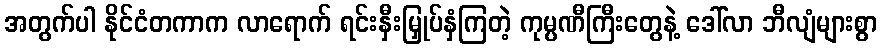
အတွက်ပါ နိုင်ငံတကာက လာရောက် ရင်းနှီးမြှုပ်နှံကြတဲ့ ကုမ္ပဏီကြီးတွေနဲ့ ဒေါ်လာ ဘီလျံများစွာ